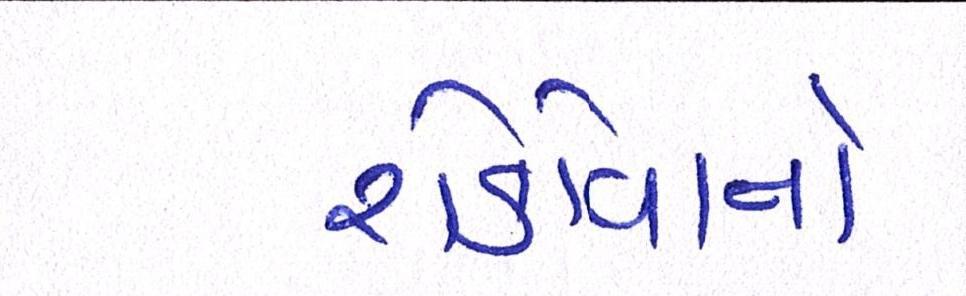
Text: રોકોવાનો